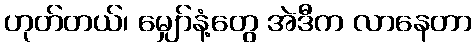
ဟုတ်တယ်၊ မျှော်နံ့တွေ အဲဒီက လာနေတာ